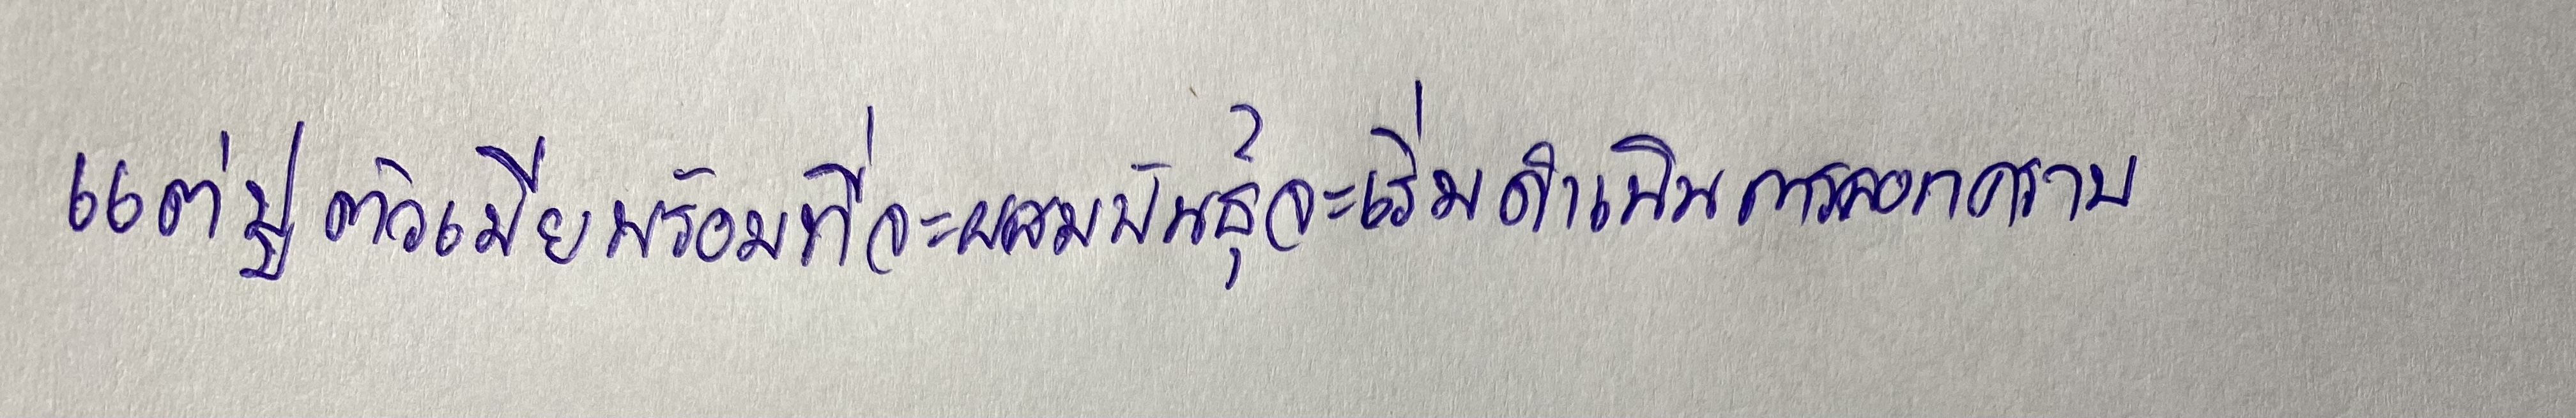
แต่ปูตัวเมียเมื่อพร้อมที่จะผสมพันธุ์จะเริ่มดำเนินการลอกคราบ